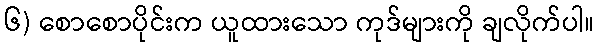
၆) စောစောပိုင်းက ယူထားသော ကုဒ်များကို ချလိုက်ပါ။